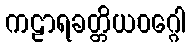
ကဠာရခတ္တိယဝဂ္ဂေါ